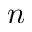
n